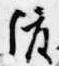
渡